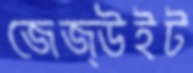
জেজ্উইট